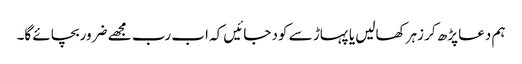
ہم دعا پڑھ کر زہرکھالیں یا پہاڑ سے کود جائیں کہ اب رب مجھے ضروربچائے گا۔